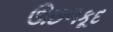
ઊછળકૂદ